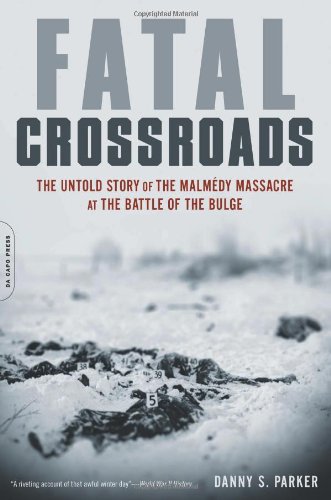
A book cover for Fatal Crossroads: The Untold Story of the Malmedy Massacre at the Battle of the Bulge; Danny S. Parker; History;